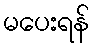
မပေးရန်